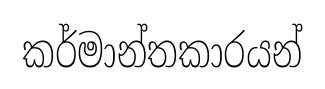
කර්මාන්තකාරයන්